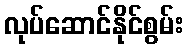
လုပ်ဆောင်နိုင်စွမ်း